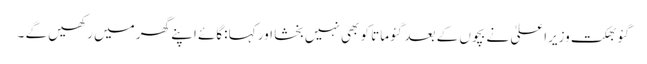
گئو بھکت وزیراعلیٰ نے بچوں کے بعد گئو ماتا کو بھی نہیں بخشا اور کہا :گائے اپنے گھر میں رکھیں گے ۔